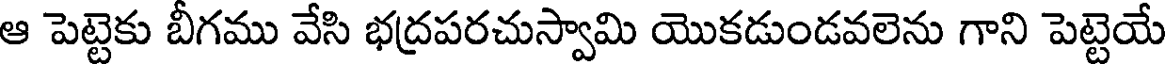
ఆ పెట్టెకు బీగము వేసి భద్రపరచుస్వామి యొకడుండవలెను గాని పెట్టెయే